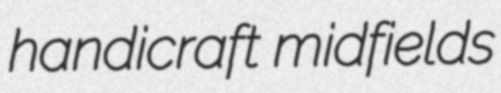
handicraft midfields